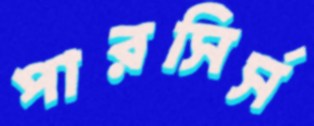
পারসির্স